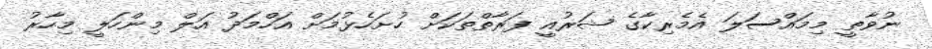
ނުވާތީ މިމައްސަލަ އެމެރިކާގެ ޝަރުއީ ފަރާތްތަކަށް ހުށަހެޅުމަށް އަހްމަދު އަލް މިންހަލީ މިހާރު